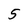
Character: 5